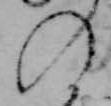
の